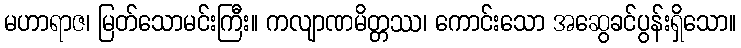
မဟာရာဇ၊ မြတ်သောမင်းကြီး။ ကလျာဏမိတ္တဿ၊ ကောင်းသော အဆွေခင်ပွန်းရှိသော။